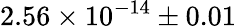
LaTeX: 2.56\times 10^{-14}\pm 0.01